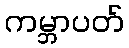
ကမ္ဘာပတ်